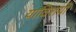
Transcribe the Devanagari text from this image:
याविशयी